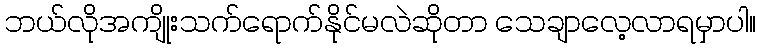
ဘယ်လိုအကျိုးသက်ရောက်နိုင်မလဲဆိုတာ သေချာလေ့လာရမှာပါ။